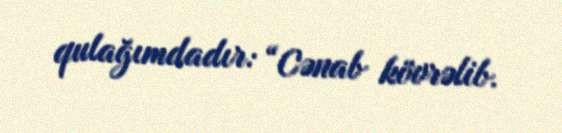
qulağımdadır: “Cənab kövrəlib.